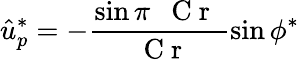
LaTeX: \hat{u}_{p}^{*}=-\frac{\sin\pi\mathrm{~\textit~{~C~r~}~}}{\mathrm{~\textit~{~C~r~}~}}\sin\phi^{*}